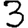
Digit: 3